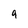
Character: 9